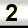
Digit: 2